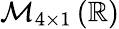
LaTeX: \mathcal{M}_{4\times 1}\left(\mathbb{R}\right)